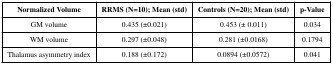
<table><thead><tr><td><b>Normalized Volume</b></td><td><b>RRMS (N=10); Mean (std)</b></td><td><b>Controls (N=20); Mean (std)</b></td><td><b>p-Value</b></td></tr></thead><tbody><tr><td>GM volume</td><td>0.435 (±0.021)</td><td>0.453 (± 0.011)</td><td>0.034</td></tr><tr><td>WM volume</td><td>0.297 (±0.048)</td><td>0.281 (±0.0168)</td><td>0.1794</td></tr><tr><td>Thalamus asymmetry index</td><td>0.188 (±0.172)</td><td>0.0894 (±0.0572)</td><td>0.041</td></tr></tbody></table>